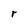
Character: r